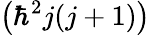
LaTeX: \left(\hbar^{2}j(j+1)\right)